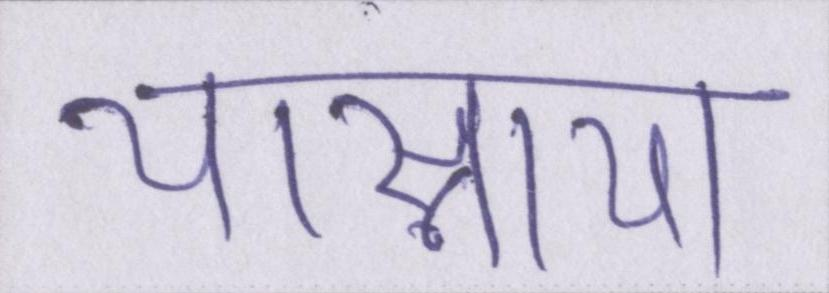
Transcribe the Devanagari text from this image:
यास्नाया